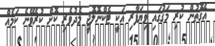
އެގޮތުން ކުރި މަގުގައި ވިޔަފާރި އަކީ ޓެކްނޮލޮޖީ މެދުވެރި ކޮށް ކުރެވޭނެ ކަމެއް